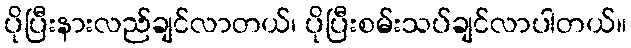
ပိုပြီးနားလည်ချင်လာတယ်၊ ပိုပြီးစမ်းသပ်ချင်လာပါတယ်။